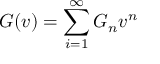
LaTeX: { \cal G } ( v ) = \sum _ { i = 1 } ^ { \infty } { \cal G } _ { n } v ^ { n }